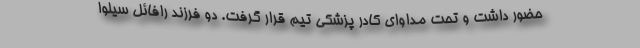
حضور داشت و تحت مداوای کادر پزشکی تیم قرار گرفت. دو فرزند رافائل سیلوا